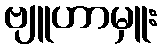
ဗျူဟာမှူး